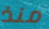
منذ